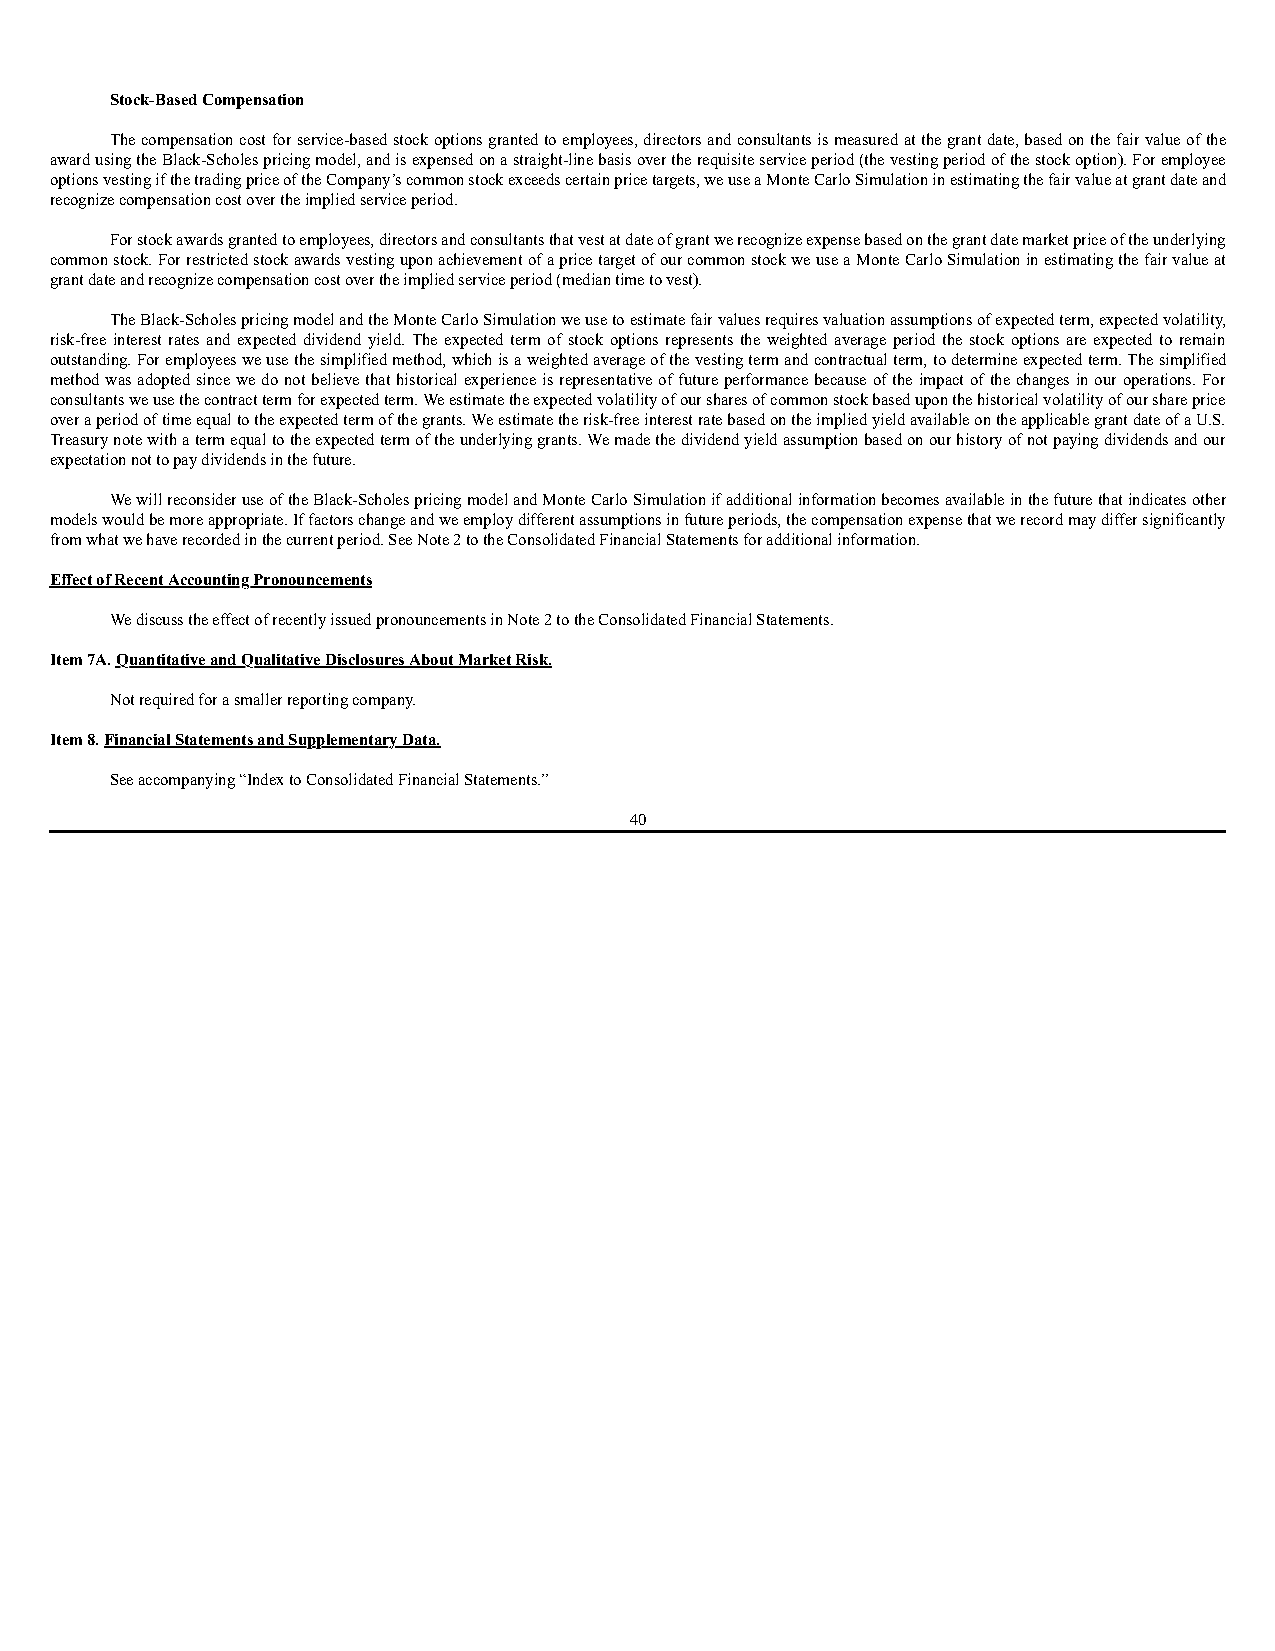
Stock-Based Compensation
 The compensation cost for service-based stock options granted to employees, directors and consultants is measured at the grant date, based on the fair value of the
 award using the Black-Scholes pricing model, and is expensed on a straight-line basis over the requisite service period (the vesting period of the stock option). For employee
 options vesting if the trading price of the Company’s common stock exceeds certain price targets, we use a Monte Carlo Simulation in estimating the fair value at grant date and
 recognize compensation cost over the implied service period.
 For stock awards granted to employees, directors and consultants that vest at date of grant we recognize expense based on the grant date market price of the underlying
 common stock. For restricted stock awards vesting upon achievement of a price target of our common stock we use a Monte Carlo Simulation in estimating the fair value at
 grant date and recognize compensation cost over the implied service period (median time to vest).
 The Black-Scholes pricing model and the Monte Carlo Simulation we use to estimate fair values requires valuation assumptions of expected term, expected volatility,
 risk-free interest rates and expected dividend yield. The expected term of stock options represents the weighted average period the stock options are expected to remain
 outstanding. For employees we use the simplified method, which is a weighted average of the vesting term and contractual term, to determine expected term. The simplified
 method was adopted since we do not believe that historical experience is representative of future performance because of the impact of the changes in our operations. For
 consultants we use the contract term for expected term. We estimate the expected volatility of our shares of common stock based upon the historical volatility of our share price
 over a period of time equal to the expected term of the grants. We estimate the risk-free interest rate based on the implied yield available on the applicable grant date of a U.S.
 Treasury note with a term equal to the expected term of the underlying grants. We made the dividend yield assumption based on our history of not paying dividends and our
 expectation not to pay dividends in the future.
 We will reconsider use of the Black-Scholes pricing model and Monte Carlo Simulation if additional information becomes available in the future that indicates other
 models would be more appropriate. If factors change and we employ different assumptions in future periods, the compensation expense that we record may differ significantly
 from what we have recorded in the current period. See Note 2 to the Consolidated Financial Statements for additional information.
 Effect of Recent Accounting Pronouncements
 We discuss the effect of recently issued pronouncements in Note 2 to the Consolidated Financial Statements.
 Item 7A. Quantitative and Qualitative Disclosures About Market Risk.
 Not required for a smaller reporting company.
 Item 8. Financial Statements and Supplementary Data.
 See accompanying “Index to Consolidated Financial Statements.”
 40